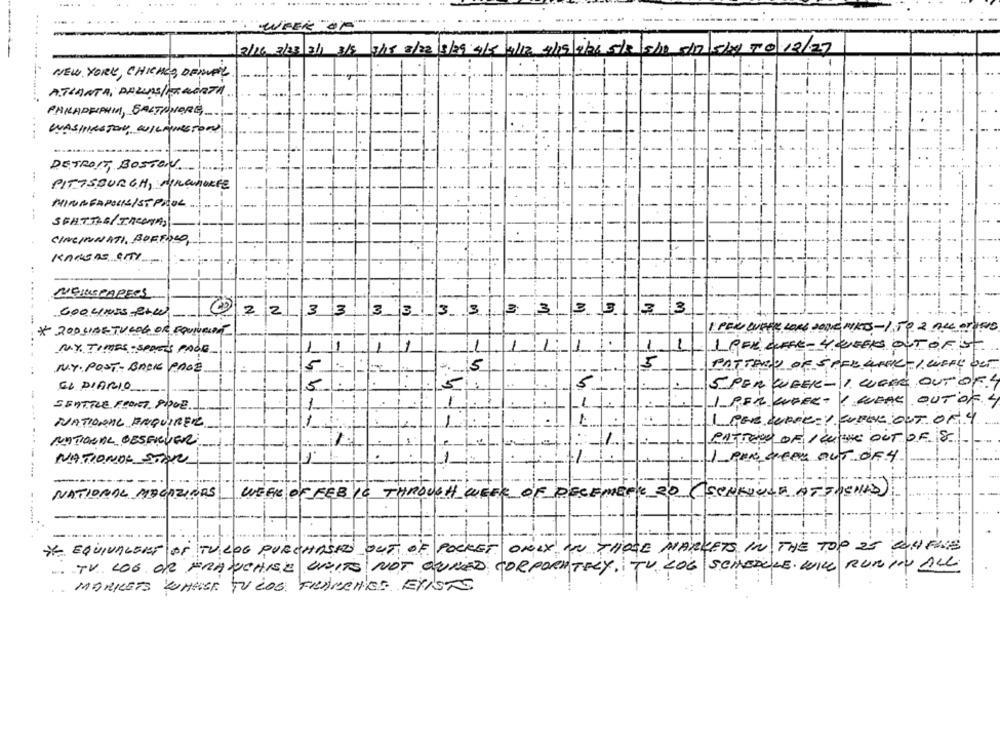
WEEK OF
2/16 3/23 3/1 3/5 3/18 2/22/5/29 4/5 4/12 4/15/9/26 5/2 5/0 11/5/20 10 12/27
NEW YORK, CHICHES, DENVAL
-
ATLANTA, DALLAS/ALERTA
PHILADELPHIA, SALTINORG
WASHINGTON, WILMINGTONY
DETROIT BOSTON
PITTSBURGH, Miramarce
MINNEAPOLISIST PROL
SEHTDIE/TRENTA,
CINCINNATI, BORTOLO
KANSAS CITY-
NEINSPAREOS
.....
GOO LINES -8+W
22333 3
3 ... 3
3
3333
* ROD LIBETUGOG OR EQUIVELPÁ
1 PEN DIFFER LORE DOIVE MITS - 1 TO 2 ALL Orders
1
1
LRFÈ COFFE-4 WEEKS OUT OF 1ST
NY TIMES - SPDETS PAGE
1
MY. POST- BACK PAGE
5
5
PATTARO OF SPEL UNKI-1.W
5
EL DIARIO
--
5
5
5 PER WEEK - 1. WERE OUT OF
SEATTLE FRONT PAGE.
-
1 PER CUFERT
WEAK
OUT OF
1 PER CURRe :! WELL OUT OF 4
NATIONAL ENQUIRER
1.
NATIONAL OBSERVER
PATRODE OF I WORK OUT OF. 8
-.....-
NATIONAL STAN
1 PENGEPL OUT OF 4
NATIONAL MAGAZIORS!
WEEK OF FEB 1C THROUGH WEEK OF DECEMENT 20 (SCHEDULE AT FICHAS)
-...
Y EQUIVALENT OF TU LOG PURCHASES OUT OF POCKET ONLY ON THOSE MARKETS IN THE TOP IS ELL ENCE
TV. LOG OR FRANCHISE UNITS NOT OURED CORPORATELY, TU LOG SCHEDULE. WILL RUNIN ALL
MARKETS WHOSE TU LOS FRANCHISE. EXISTS